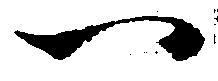
一